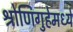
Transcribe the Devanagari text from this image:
श्रोणिगुहेमध्ये